Tartu_linna_vaeslastekohus, lk 39
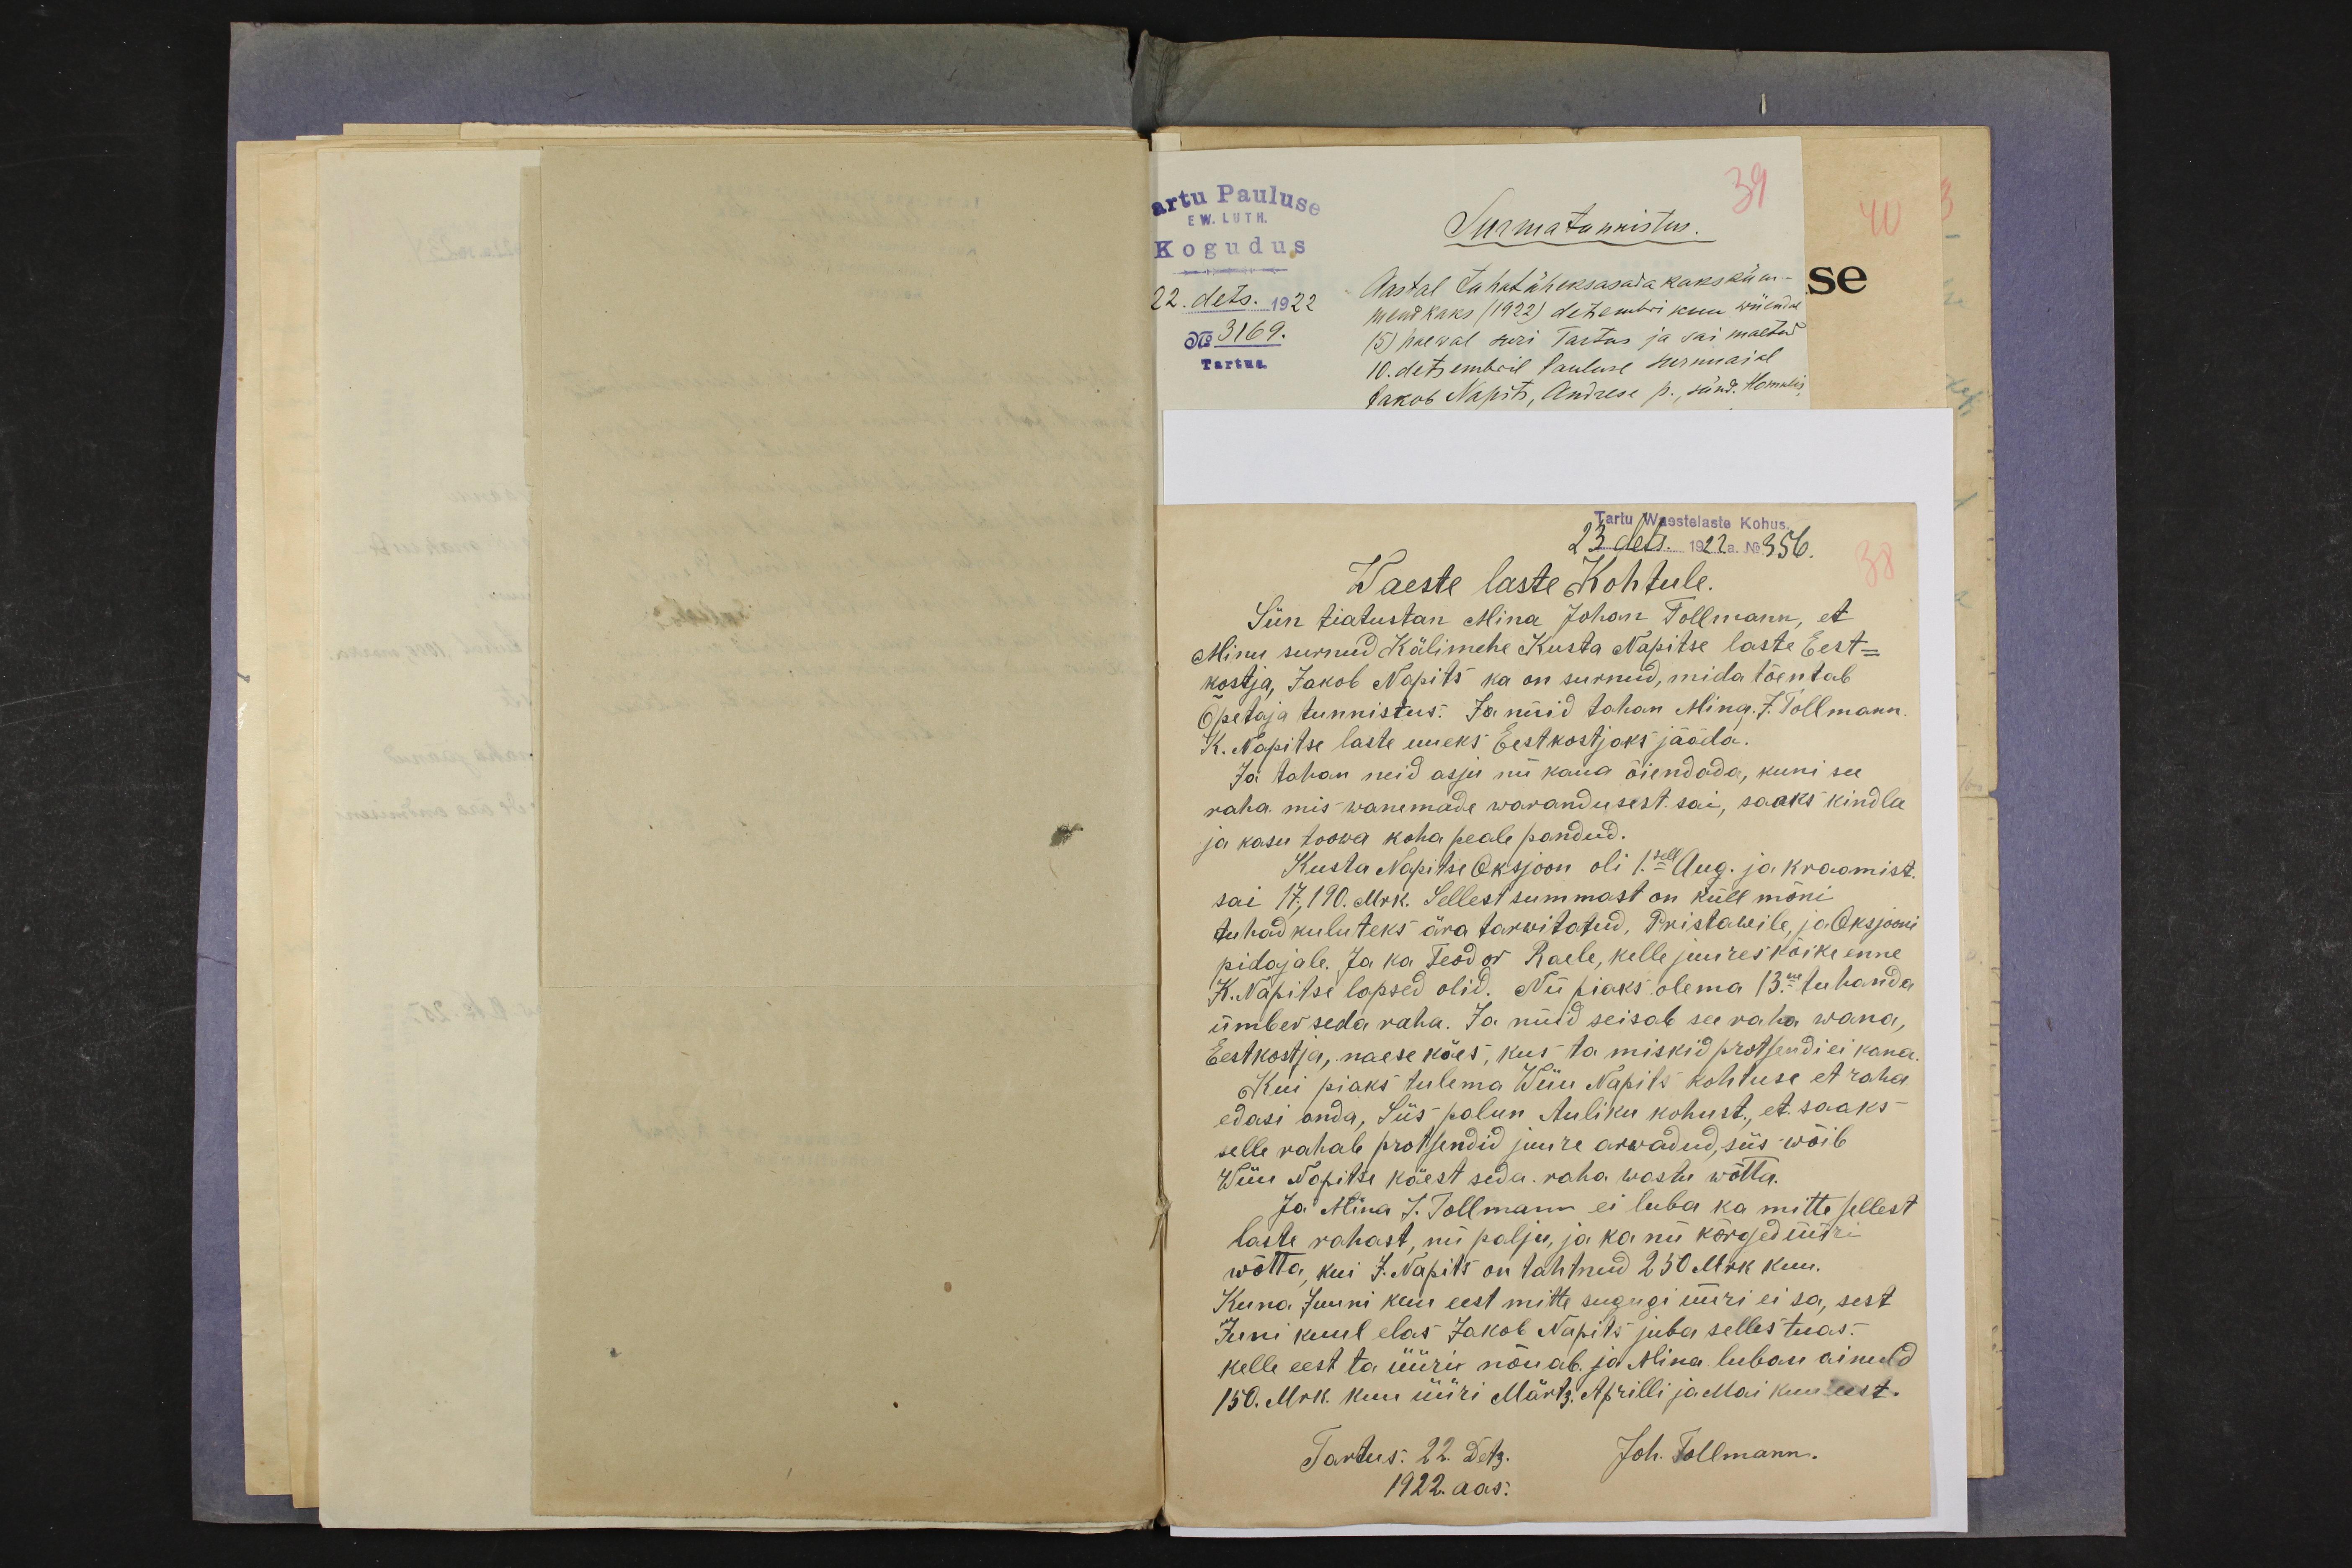
39
artu Pauluse
E W. LUTH.
Kogudus
22. dets. 1922
No 3169.
Tartus.
Surmatunnistus.
40
Aastal tuhat üheksasada kaksküm-
mend kaks (1922) detsembri kuu wiiendal
(5) paewal suri Tartus ja sai maetud
10. detsembril Pauluse surnuaial
Jakob Napits, Andrese p., sünd. Homulis,

Tartu Waestelaste Kohus.
23. dets. 1922 a. No 356.
Waeste laste Kohtule.
Siin tiatustan Mina Johan Tallmann, et
Minu surnud Kälimehe Kusta Napitse laste Eest-
kostja, Jakob Napits ka on surnud, mida tõentab
Õpetaja tunnistus. Ja nüid tahan Mina. J. Tollmann.
K. Napitse laste uueks Eestkostjaks jääda.
Ja tahan neid asju nii kaua õiendada, kuni see
raha mis wanemade warandusest sai, saaks kindla
ja kasu toowa koha peale pandud.
Kusta Napitse Oksjoon oli 1.sell Aug. ja kraamist.
sai 17.,190. Mrk. Sellest summast on küll mõni
tuhad kuluteks ära tarwitatud, Pristawile, ja Oksjooni
pidajale. Ja ka Teodor Raele, kelle juures kõike enne
K. Napitse lapsed olid. Nii piaks olema 13.ne tuhanda
ümber seda raha. Ja nüid seisab see raha wana,
Eestkostja, naese käes, kus ta miskid protsendi ei kana.
Kui piaks tulema Wiiu Napits kohtuse et raha
edasi anda, Siis palun Auliku kohust., et saaks
selle rahale protsendid juure arwadud, siis wõib
Wiiu Napitse käest seda. raha wastu wõtta.
Ja Mina J. Tollmann ei luba ka mitte sellest
laste rahast, nii palju, ja ka nii kõrged üüri
wõtta, kui  J. Napits on tahtnud 250 Mrk kuu.
Kuna Juuni kuu eest mitte sugugi üüri ei sa, sest
Juni kuul elas Jakob Napits juba selles tuas.
kelle eest ta üüri nõuab. ja Mina luban ainuld
150. Mrk. kuu üüri Märtz. Aprilli ja Mai kuu eest.
Tartus. 22. Detz.
Joh. Tollmann.
1922. aas.